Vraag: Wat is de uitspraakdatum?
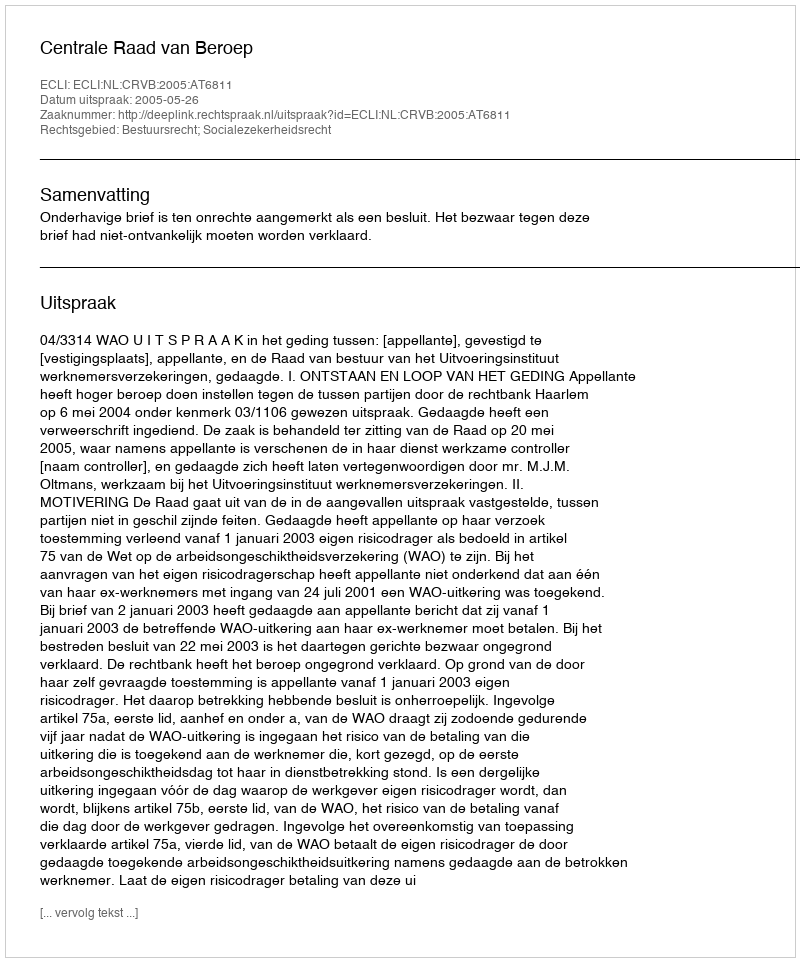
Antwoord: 2005-05-26